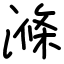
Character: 滌